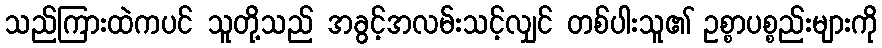
သည်ကြားထဲကပင် သူတို့သည် အခွင့်အလမ်းသင့်လျှင် တစ်ပါးသူ၏ ဥစ္စာပစ္စည်းများကို